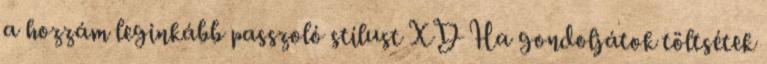
a hozzám leginkább passzoló stílust XD Ha gondoljátok töltsétek